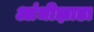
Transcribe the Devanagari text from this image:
आंधीझाडा